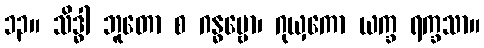
၁၃။ သိဒ္ဓါ ဘူတော စ ဂန္ဓဗ္ဗော၊ ဂုယှကော ယက္ခ ရက္ခသာ။